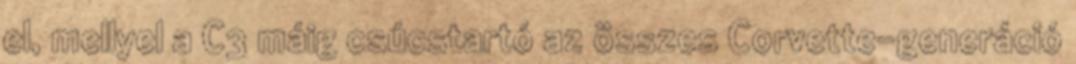
el, mellyel a C3 máig csúcstartó az összes Corvette-generáció